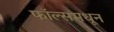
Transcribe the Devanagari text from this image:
फॉल्समधून